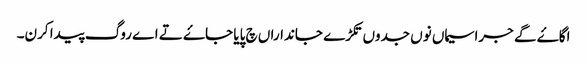
اگاۓ گے جراسیماں نوں جدوں تکڑے جانداراں چ پایا جاۓ تے اے روگ پیدا کرن۔